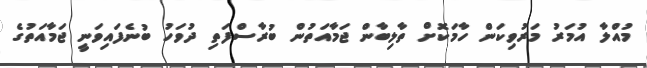
މުއްލާ އުމަރު މަރުވިކަން ހާމަކޮށް ތާލިބާން ޖަމާއަތުން ބުރާސްފަތި ދުވަހު ބުނެފައިވަނީ ޖަމާއަތުގެ